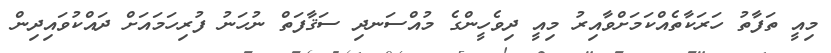
މިއީ ތަފާތު ހަރަކާތެއްކަމަށްވާއިރު މިއީ ދިވެހީންގެ މުއްސަނދި ސަޤާފަތް ނުހަނު ފުރިހަމައަށް ދައްކުވައިދިން